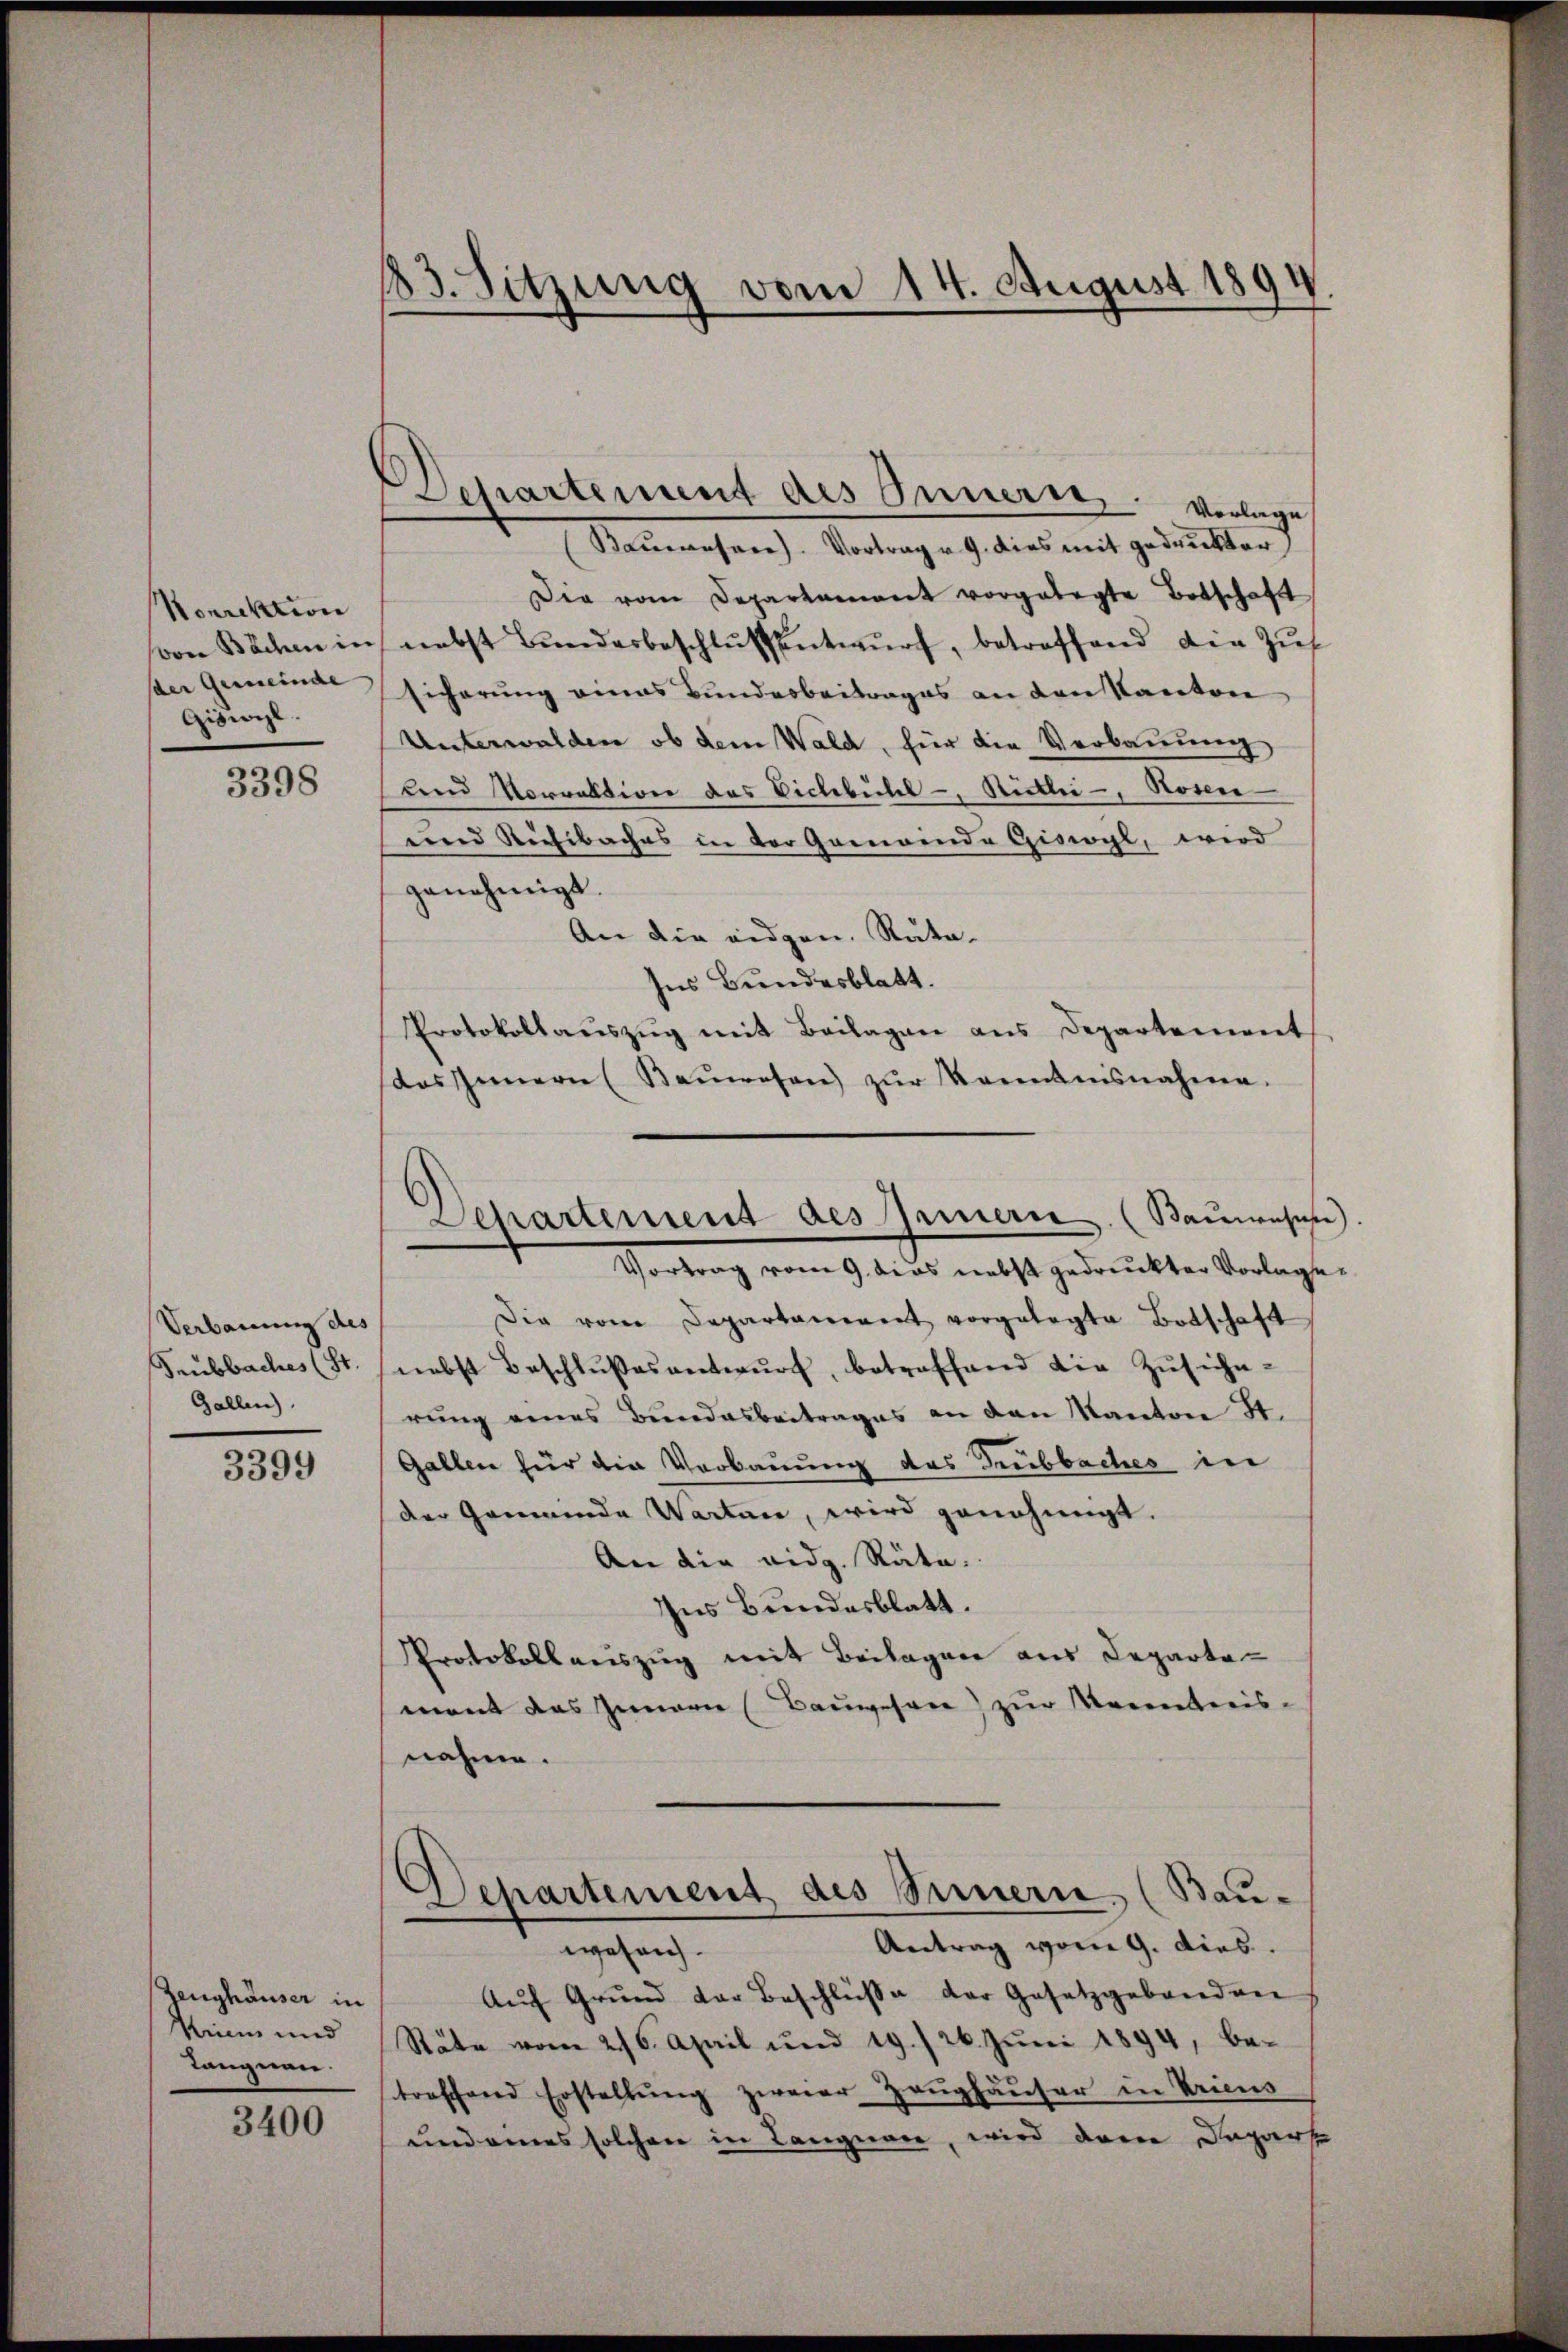
Norrektion
von Bächen in
der Gemeinde |
Giswyl

3398

Verbauung des
Feubbaches (St.
Gallen.

3399

Zeughäuser in
Kinn und
Tangnau.

3400

23. Sitzung vom 14. August 1894

Departement des Innern vorlage
Baŭwesen. Vortrag u. 9. dies mit gedruckter
Die vom Departament vorgelegte Botschaft
nebst Bŭndesbeschlŭssentwŭrf, betreffend die Zus
sicherung eines Bundesbeitrages an den Kanton
Unterwalden ob dem Wald, für die Verbauung
und Vorwaltiger das Vicebühl - Stutti, Rosen
und Risibaches in der Gemeinde Giswyl, wird
genehmigt.
An die eidgen. Rata¬
Ins Bundesblatt.
Protokollaŭszŭg mit Beilagen ans Departement
das Innern Baŭwesen zŭr Kenntnisnahme.
Die vom Departament vorgelegte Botschaft
nebst Beschlŭβes antwŭrf, betreffend die Zŭsiche-
rung eines Bundesbeitrages an den Kanton St.
Gallen für die Verbauung des Trubbaches in
der Gemeinde Warten, wird genehmigt.
An die eidg. Räte.
Ins Bundesblatt.
Protokollauszug mit Beilagen aus Departemant das Innern (Bauwesen) zur Neuenbreisnahme.
Departement des Sennern. (Bau-
Antrag vom 9. dies
wesrich
Aŭf Grŭnd der Beschlüße der Gesetzgebanden
Räte vom 216. April und 19./26. Jŭni 1894, be-
troffend Erstellŭng zweier Zeughäuser in Kriens
und eines solchen in Langnare, wird denn Departe

Separtement des Innern. (Bauwese
Vortrag vom 9. das nebst gedruckter Vorlage